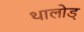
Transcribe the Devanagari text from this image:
थालोड्